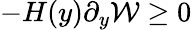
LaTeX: -H(y)\partial_{y}\mathcal{W}\geq 0